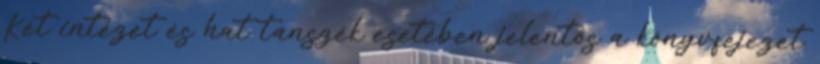
Két intézet és hat tanszék esetében jelentős a könyvfejezet